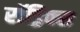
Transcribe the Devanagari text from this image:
रॉड्रिक्स